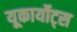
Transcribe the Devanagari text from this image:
यूकार्योट्स